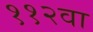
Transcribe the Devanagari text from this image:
११२वा